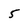
Character: 5